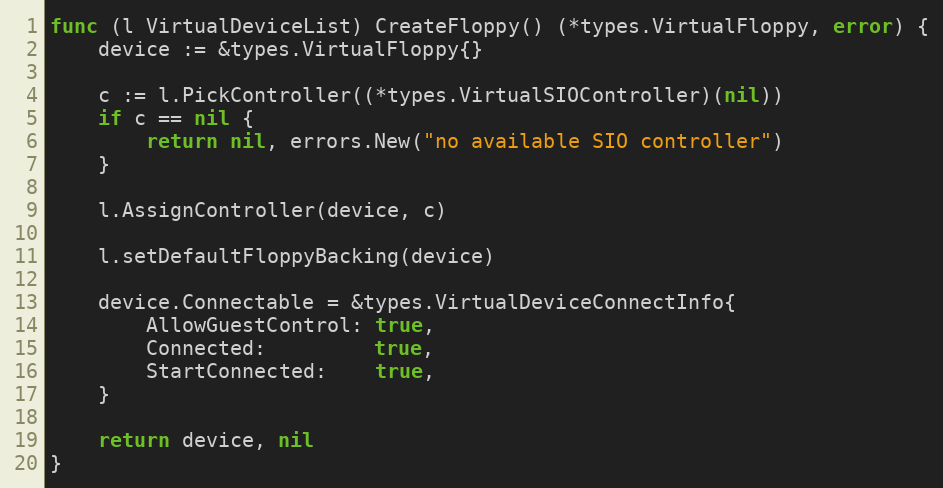
Language: Go
func (l VirtualDeviceList) CreateFloppy() (*types.VirtualFloppy, error) {
	device := &types.VirtualFloppy{}

	c := l.PickController((*types.VirtualSIOController)(nil))
	if c == nil {
		return nil, errors.New("no available SIO controller")
	}

	l.AssignController(device, c)

	l.setDefaultFloppyBacking(device)

	device.Connectable = &types.VirtualDeviceConnectInfo{
		AllowGuestControl: true,
		Connected:         true,
		StartConnected:    true,
	}

	return device, nil
}